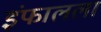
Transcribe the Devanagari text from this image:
इंफालला